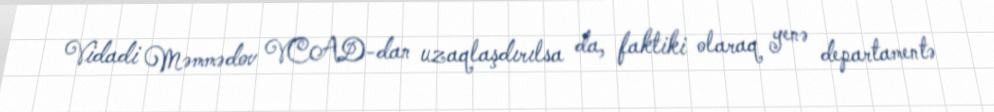
Vidadi Məmmədov VCAD-dan uzaqlaşdırılsa da, faktiki olaraq yenə departamentə